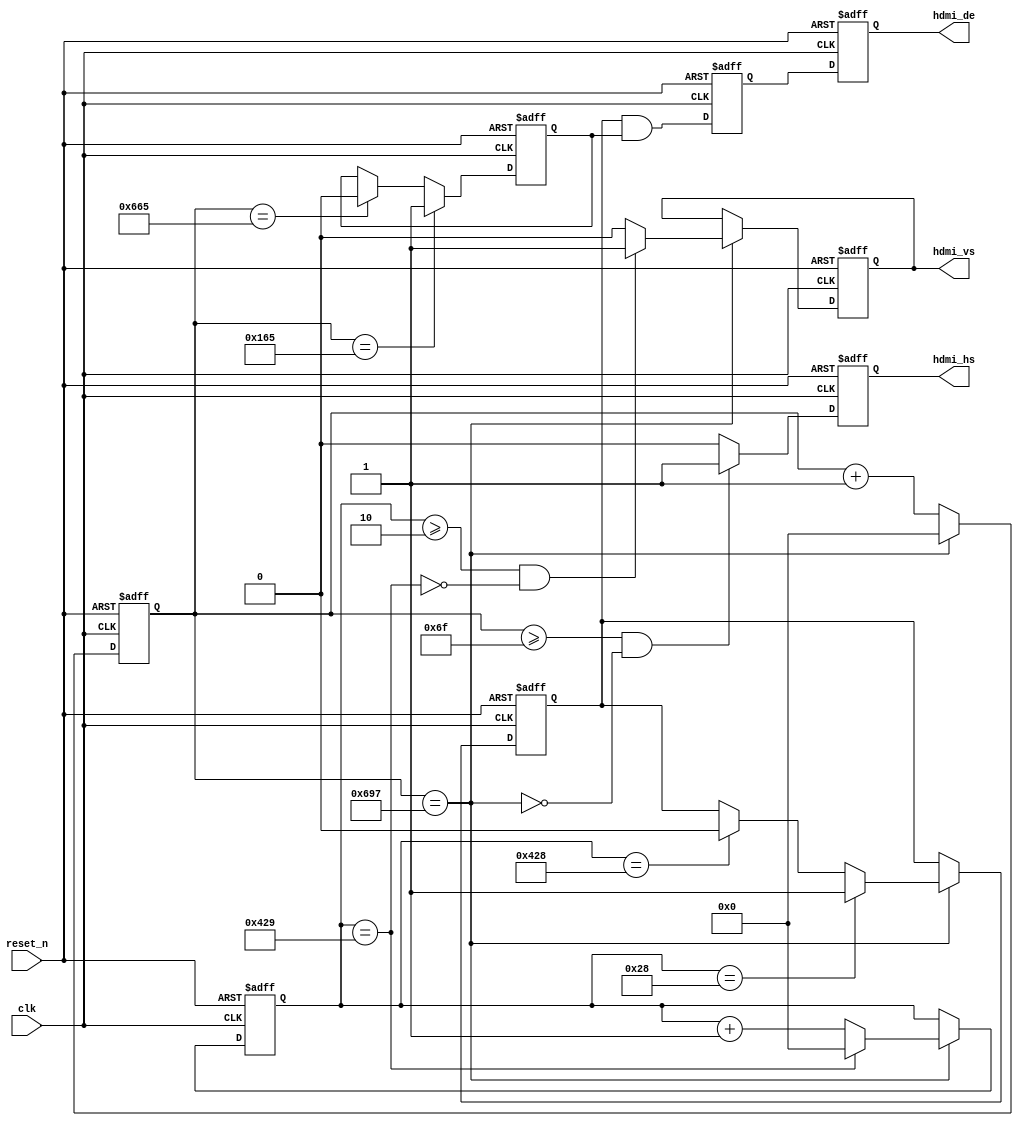
module signal_gen(                                    
   input						clk,                
  input						reset_n,                                                
  output	reg				hdmi_hs,             
  output	reg				hdmi_vs,           
  output	reg				hdmi_de

  
);

reg			[11:0]	h_total;           
reg			[11:0]	h_sync;           
reg			[11:0]	h_start;             
reg	   	[11:0]	h_end;                                                    
reg			[11:0]	v_total;           
reg			[11:0]	v_sync;            
reg			[11:0]	v_start;           
reg			[11:0]	v_end; 



// case (mode)
		// `VGA_640x480p60: begin //640x480@60 25.175 MHZ
			// {h_total, h_sync, h_start, h_end} <= {12'd799, 12'd95, 12'd141, 12'd781}; 
			// {v_total, v_sync, v_start, v_end} <= {12'd524, 12'd1, 12'd34, 12'd514}; 
			// {v_active_14, v_active_24, v_active_34} <= {12'd154, 12'd274, 12'd394};
		// end	
		// `MODE_720x480: begin //720x480@60 27MHZ (VIC=3, 480P)
			// {h_total, h_sync, h_start, h_end} <= {12'd857, 12'd61, 12'd119, 12'd839}; 
			// {v_total, v_sync, v_start, v_end} <= {12'd524, 12'd5, 12'd35, 12'd515}; 
			// {v_active_14, v_active_24, v_active_34} <= {12'd155, 12'd275, 12'd395};
		// end
		// `MODE_1024x768: begin //1024x768@60 65MHZ (XGA)
			// {h_total, h_sync, h_start, h_end} <= {12'd1343, 12'd135, 12'd293, 12'd1317}; 
			// {v_total, v_sync, v_start, v_end} <= {12'd805, 12'd5, 12'd34, 12'd802}; 
			// {v_active_14, v_active_24, v_active_34} <= {12'd226, 12'd418, 12'd610};
		// end
		// `MODE_1280x1024: begin //1280x1024@60   108MHZ (SXGA)
			// {h_total, h_sync, h_start, h_end} <= {12'd1687, 12'd111, 12'd357, 12'd1637}; 
			// {v_total, v_sync, v_start, v_end} <= {12'd1065, 12'd2, 12'd40, 12'd1064}; 
			// {v_active_14, v_active_24, v_active_34} <= {12'd296, 12'd552, 12'd808};
		// end	
		// `FHD_1920x1080p60: begin //1920x1080p60 148.5MHZ (1080i)
			// {h_total, h_sync, h_start, h_end} <= {12'd2199, 12'd43, 12'd189, 12'd2109}; 
			// {v_total, v_sync, v_start, v_end} <= {12'd1124, 12'd4, 12'd40, 12'd1120}; 
			// {v_active_14, v_active_24, v_active_34} <= {12'd310, 12'd580, 12'd850};
		// end		
		// default: begin //1920x1080p60 148.5MHZ (1080i)
			// {h_total, h_sync, h_start, h_end} <= {12'd2199, 12'd43, 12'd189, 12'd2109}; 
			// {v_total, v_sync, v_start, v_end} <= {12'd1124, 12'd4, 12'd40, 12'd1120}; 
			// {v_active_14, v_active_24, v_active_34} <= {12'd310, 12'd580, 12'd850};
		// end
	// endcase
// end





initial 
begin
	//for lower resolution requires 108 MHZ
	 {h_total, h_sync, h_start, h_end} <= {12'd1687, 12'd111, 12'd357, 12'd1637}; 
	 {v_total, v_sync, v_start, v_end} <= {12'd1065, 12'd2, 12'd40, 12'd1064}; 
	
	
	// this resolution requires 148.5 mhz 
	//{h_total, h_sync, h_start, h_end} = {12'd2199, 12'd43, 12'd189, 12'd2109}; 
	//{v_total, v_sync, v_start, v_end} = {12'd1124, 12'd4, 12'd40, 12'd1120}; 
end

reg	[11:0]	h_count;

reg	[11:0]	v_count;
reg				h_act; 
reg				h_act_d;
reg				v_act; 
reg				v_act_d; 
reg				pre_hdmi_de;
wire				h_max, hs_end, hr_start, hr_end;
wire				v_max, vs_end, vr_start, vr_end;
reg				boarder;
reg	[3:0]		color_mode;


assign h_max = h_count == h_total;
assign hs_end = h_count >= h_sync;
assign hr_start = h_count == h_start; 
assign hr_end = h_count == h_end;
assign v_max = v_count == v_total;
assign vs_end = v_count >= v_sync;
assign vr_start = v_count == v_start; 
assign vr_end = v_count == v_end;


//horizontal control signals
always @ (posedge clk or negedge reset_n)
	if (!reset_n)
	begin
		h_act_d	<=	1'b0;
		h_count	<=	12'b0;
		hdmi_hs	<=	1'b1;
		h_act		<=	1'b0;
	end
	else
	begin
		h_act_d	<=	h_act;

		if (h_max)
			h_count	<=	12'b0;
		else
			h_count	<=	h_count + 12'b1;
		if (hs_end && !h_max)
			hdmi_hs	<=	1'b1;
		else
			hdmi_hs	<=	1'b0;
		if (hr_start)
			h_act		<=	1'b1;
		else if (hr_end)
			h_act		<=	1'b0;
	end

//vertical control signals
always@(posedge clk or negedge reset_n)
	if(!reset_n)
	begin
		v_act_d		<=	1'b0;
		v_count		<=	12'b0;
		hdmi_vs		<=	1'b1;
		v_act			<=	1'b0;
		
	end
	else 
	begin		
		if (h_max)
		begin		  
			v_act_d	  <=	v_act;
		  
			if (v_max)
				v_count	<=	12'b0;
			else
				v_count	<=	v_count + 12'b1;
			if (vs_end && !v_max)
				hdmi_vs	<=	1'b1;
			else
				hdmi_vs	<=	1'b0;

			if (vr_start)
				v_act <=	1'b1;
			else if (vr_end)
				v_act <=	1'b0;

		end
	end

// display enable
always @(posedge clk or negedge reset_n)
begin
	if (!reset_n)
	begin
		hdmi_de		<=	1'b0;
		pre_hdmi_de	<=	1'b0;
		boarder		<=	1'b0;		
	end
	else
	begin
		hdmi_de		<=	pre_hdmi_de;
		pre_hdmi_de	<=	v_act && h_act;		
	end
end	

endmodule